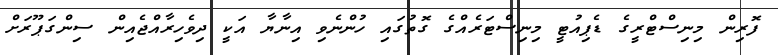
ފޮރިން މިނިސްޓްރީގެ ޑެޕިއުޓީ މިނިސްޓަރެއްގެ ގޮތުގައި ހުންނެވި އިނާޔާ އަކީ ދިވެހިރާއްޖެއިން ސިންގަޕޫރަށް